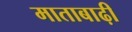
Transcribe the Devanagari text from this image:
माताबाढ़ी